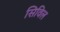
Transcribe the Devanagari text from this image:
सिविल